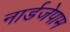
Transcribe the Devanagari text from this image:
नार्डजेपाम